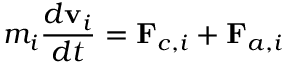
m _ { i } \frac { d { \bf v } _ { i } } { d t } = \mathbf { F } _ { c , i } + \mathbf { F } _ { a , i }